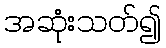
အဆုံးသတ်၍